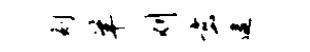
刻羊刈玄逮